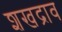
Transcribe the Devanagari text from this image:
शखद्राव